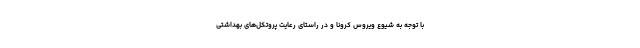
با توجه به شیوع ویروس کرونا و در راستای رعایت پروتکل‌های بهداشتی